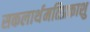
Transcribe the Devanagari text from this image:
सकलार्थमतिप्रकाशु